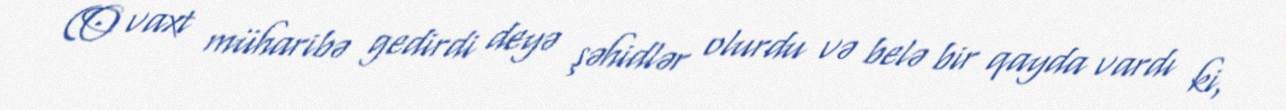
(O vaxt müharibə gedirdi deyə şəhidlər olurdu və belə bir qayda vardı ki,